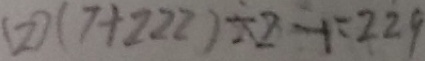
( 2 ) ( 7 + 2 2 2 ) \div 2 - 1 = 2 2 9